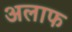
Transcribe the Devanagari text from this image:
अलाफ